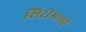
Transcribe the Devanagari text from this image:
शिरोमणी